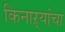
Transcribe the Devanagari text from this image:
किनाऱ्‍यांचा